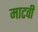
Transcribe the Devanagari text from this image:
माटवी